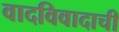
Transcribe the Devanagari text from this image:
वादविवादाची